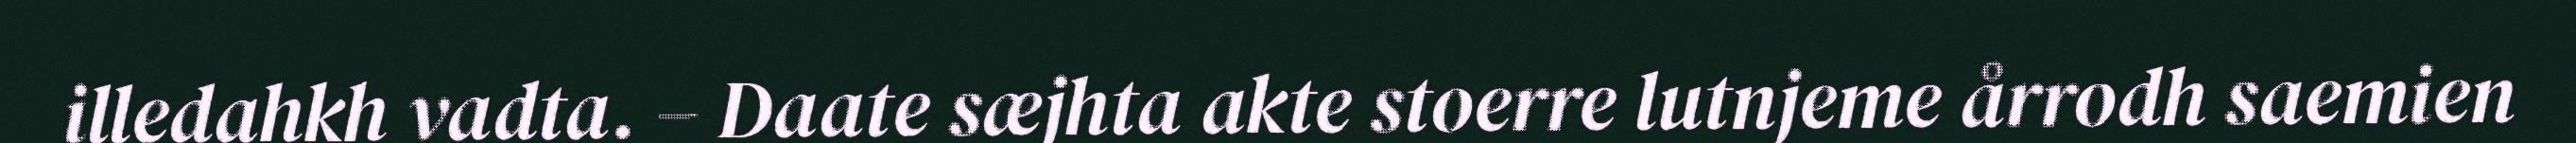
illedahkh vadta. – Daate sæjhta akte stoerre lutnjeme årrodh saemien